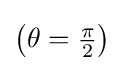
{\textstyle \left(\theta ={\frac {\pi }{2}}\right)}